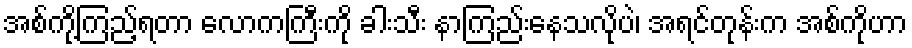
အစ်ကို့ကြည့်ရတာ လောကကြီးကို ခါးသီး နာကြည်းနေသလိုပဲ၊ အရင်တုန်းက အစ်ကိုဟာ